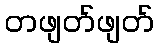
တဖျတ်ဖျတ်